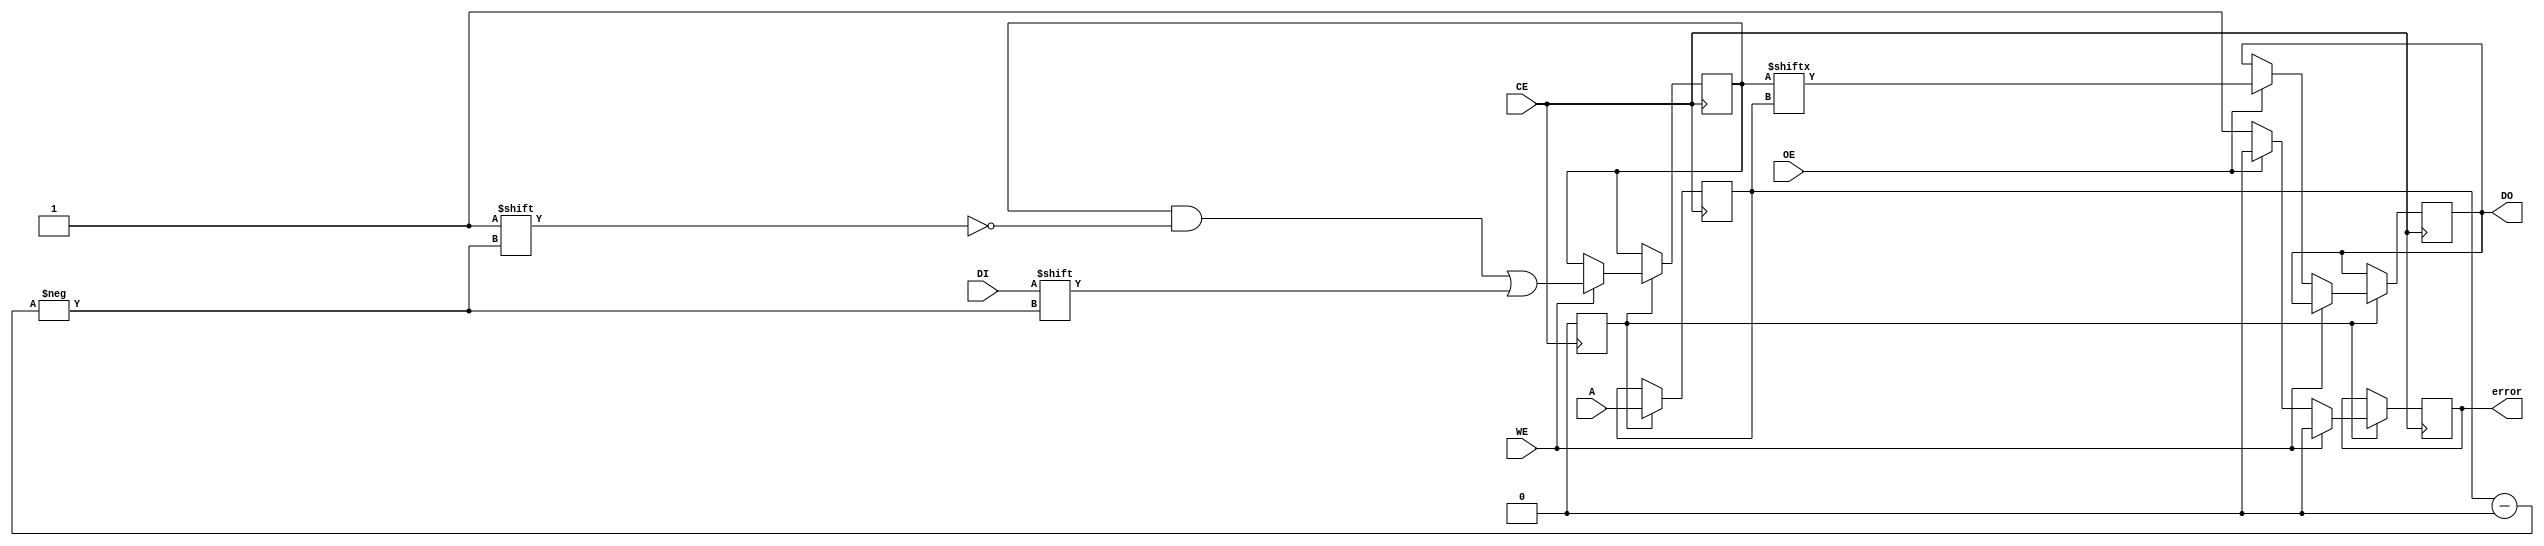
module SLC_EEPROM (
    input wire CE,          // Chip Enable
    input wire WE,          // Write Enable
    input wire OE,          // Output Enable
    input wire [3:0] A,     // Address Lines (4-bit for 16 memory cells)
    input wire DI,          // Data Input
    output reg DO,          // Data Output
    output reg error        // Error indication
);

    // Memory array (16 cells, 1-bit each)
    reg [15:0] memory;       // 16 bits of memory for SLC EEPROM

    // Internal variables
    reg [3:0] addr;          // Address variable

    // Power management states
    reg power_on;
    
    // Initialization
    initial begin
        memory = 16'b0;      // Initialize memory to 0
        power_on = 1'b1;     // Power on state
        error = 1'b0;        // No error initially
    end

    // Read/Write operations
    always @(posedge CE) begin
        if (power_on) begin
            addr <= A;       // Latch the address on CE
            if (WE) begin
                // Write operation
                memory[addr] <= DI; // Write data to the specified address
                error <= 1'b0;      // Clear error
            end else if (OE) begin
                // Read operation
                DO <= memory[addr]; // Output data from the specified address
                error <= 1'b0;      // Clear error
            end else begin
                // Error handling if both WE and OE are high
                error <= 1'b1;      // Indicate error condition
            end
        end
    end

    // Power management: Low power mode can be implemented here
    always @(negedge CE) begin
        power_on <= 1'b0;        // Disable power on CE low
    end

    // Address decoding (for simplicity, directly using addr)
    // In a real implementation, more complex logic may be needed.

endmodule